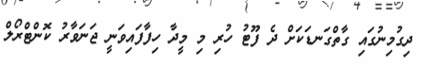
ދިގުމިނުގައި ގާތްގަނޑަކަށް ދެ ފޫޓު ހުރި މި މީދާ ހިފާފައިވަނީ ޖަނަވާރު ކޮންޓްރޯލް